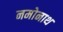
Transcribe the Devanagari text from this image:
नमोनाथ